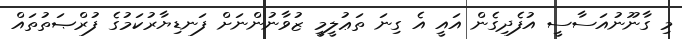
މި ގާނޫނުއަސާސީ އުފެދިގެން އައީ އެ ގިނަ ތަޢުލީމީ ޒުވާނުންނަށް ފަނޑިޔާރުކަމުގެ ފުރްޞަތުތައް